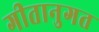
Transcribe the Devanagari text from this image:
गीतानुगत